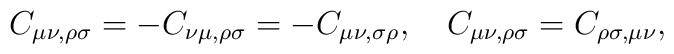
C_{\mu \nu, \rho \sigma} = - C_{\nu \mu, \rho \sigma}=-C_{\mu \nu, \sigma\rho},\quad C_{\mu \nu, \rho \sigma} = C_{\rho \sigma, \mu \nu},